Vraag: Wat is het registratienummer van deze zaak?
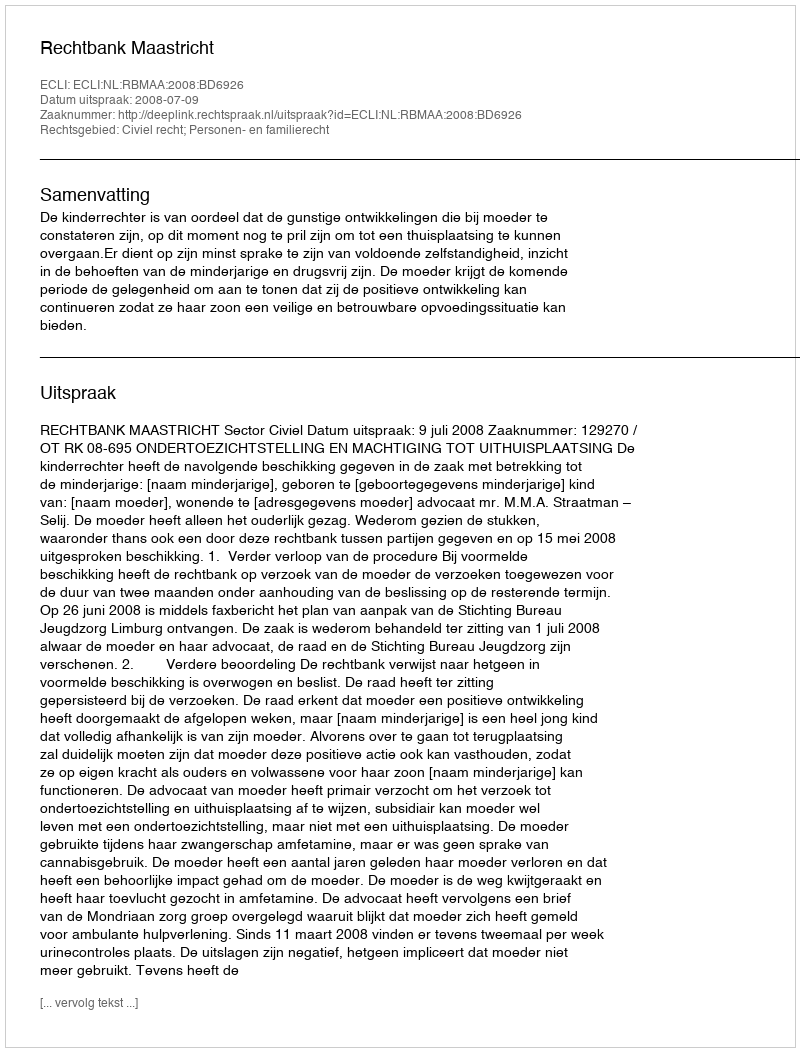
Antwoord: http://deeplink.rechtspraak.nl/uitspraak?id=ECLI:NL:RBMAA:2008:BD6926